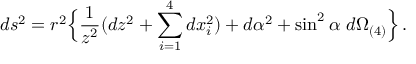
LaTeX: d s ^ { 2 } = r ^ { 2 } \Bigl \{ \frac { 1 } { z ^ { 2 } } ( d z ^ { 2 } + \sum _ { i = 1 } ^ { 4 } d x _ { i } ^ { 2 } ) + d \alpha ^ { 2 } + \sin ^ { 2 } \alpha \ d \Omega _ { ( 4 ) } \Bigr \} \, .